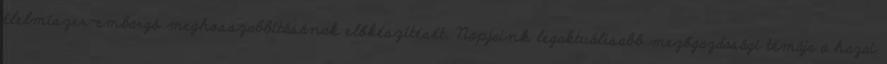
élelmiszer-embargó meghosszabbításának előkészítését. Napjaink legaktuálisabb mezőgazdasági témája a hazai